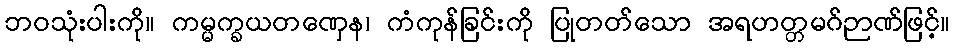
ဘဝသုံးပါးကို။ ကမ္မက္ခယတဏှေန၊ ကံကုန်ခြင်းကို ပြုတတ်သော အရဟတ္တမဂ်ဉာဏ်ဖြင့်။